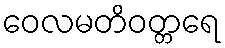
ဝေလမတိဝတ္တရေ